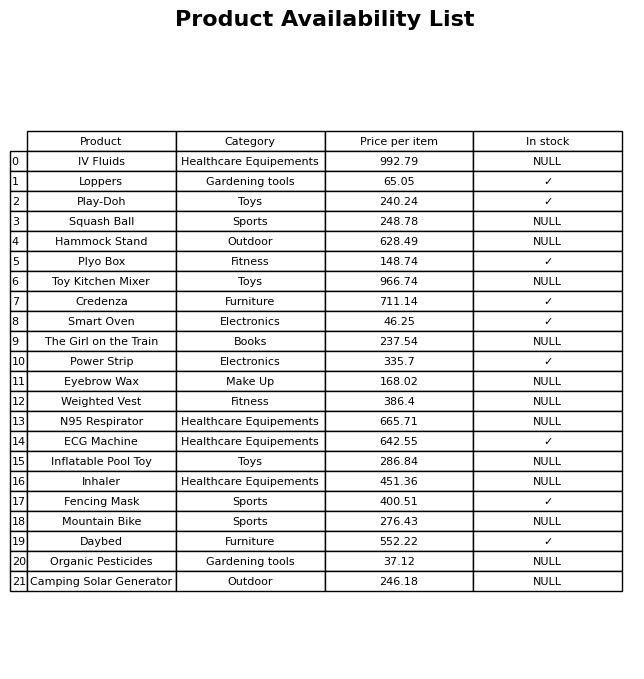
question: What is the price of the The Girl on the Train?
answer: The price of The Girl on the Train is 237.54.